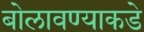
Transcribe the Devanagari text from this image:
बोलावण्याकडे